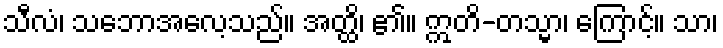
သီလံ၊ သဘောအလေ့သည်။ အတ္ထိ၊ ၏။ ဣတိ-တသ္မာ၊ ကြောင့်။ သာ၊